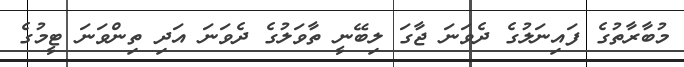
މުބާރާތުގެ ފައިނަލުގެ ދެވަނަ ޖާގަ ލިބޭނީ ތާވަލުގެ ދެވަނަ އަދި ތިންވަނަ ޓީމުގެ